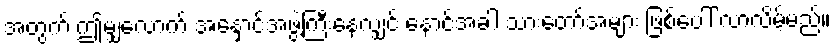
အတွက် ဤမျှလောက် အနှောင်အဖွဲ့ကြီးနေလျှင် နောင်အခါ သားတော်အများ ဖြစ်ပေါ် လာလိမ့်မည်။